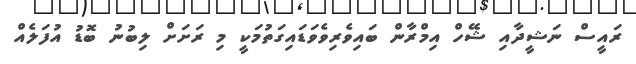
ރައީސް ނަޝީދާއި ޝޭހް އިމްރާން ބައިވެރިވެވަޑައިގަތުމަކީ މި ރަށަށް ލިބުނު ބޮޑު އުފަލެއް